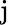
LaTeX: \mathrm{j}